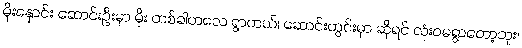
မိုးနှောင်း ဆောင်းဦးမှာ မိုး တစ်ခါတလေ ရွာတယ်၊ ဆောင်းတွင်းမှာ ဆိုရင် လုံးဝမရွာတော့ဘူး၊